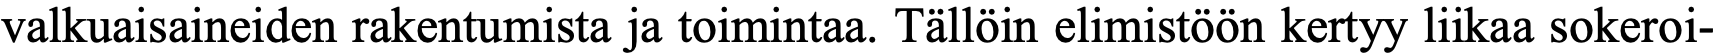
valkuaisaineiden rakentumista ja toimintaa. Tällöin elimistöön kertyy liikaa sokeroi-